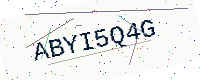
Text: ABYI5Q4G